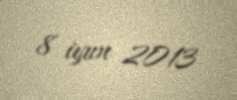
8 iyun 2013